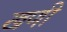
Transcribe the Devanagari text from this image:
खणी